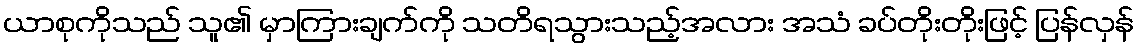
ယာစုကိုသည် သူ၏ မှာကြားချက်ကို သတိရသွားသည့်အလား အသံ ခပ်တိုးတိုးဖြင့် ပြန်လှန်